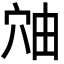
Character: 𬔈